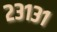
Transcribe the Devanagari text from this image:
२३१३१